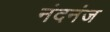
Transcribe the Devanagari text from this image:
नंदनंज